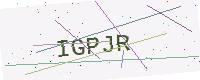
Text: IGPJR